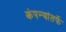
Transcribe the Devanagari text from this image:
कंपन्यांतर्फे